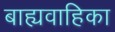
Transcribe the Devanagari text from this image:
बाह्यवाहिका